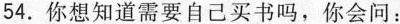
54.你想知道需要自己买书吗，你会问：